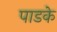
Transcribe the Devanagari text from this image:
पाडके